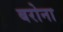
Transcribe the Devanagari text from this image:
बरोना